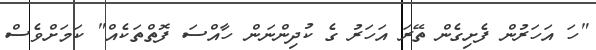
"ހަ އަހަރުން ފެށިގެން ތޭރަ އަހަރު ގެ ކުދިންނަން ހާއްސަ ފޮތްތަކެއް" ކަމަށްވެސް